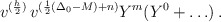
\begin{align*}v^{(\frac{h}{2})} \, v^{(\frac{1}{2}(\Delta_0-M)+n)} Y^m(Y^0+\ldots) \, .\end{align*}